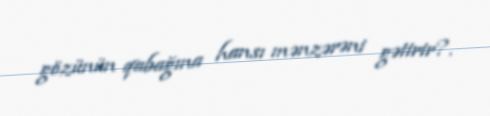
gözünün qabağına hansı mənzərəni gətirir?.